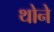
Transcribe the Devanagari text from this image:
थोने